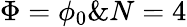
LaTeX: \Phi=\phi_{0}\& N=4